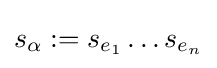
s_{\alpha }:=s_{e_{1}}\ldots s_{e_{n}}